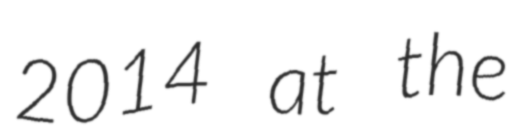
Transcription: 2014 at the